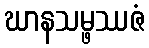
ဃာနသမ္ဖဿဇံ